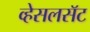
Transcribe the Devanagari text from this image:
व्हेसलसॅट